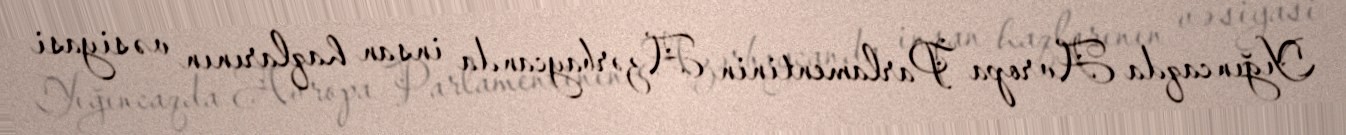
Yığıncaqda Avropa Parlamentinin Azərbaycanda insan haqlarının və siyasi